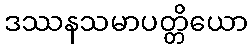
ဒဿနသမာပတ္တိယော